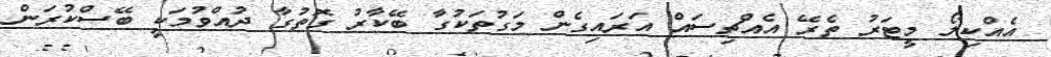
އެއްކިލޯ މީޓަރު ތެރޭ އެއްޗިސައް އަރައިގެން މަގުތަކުގާ ބޭކާރު ގޮތުގާ ދުއްވުމަކީ ބޭސްކުރަން